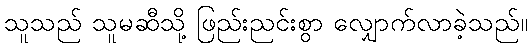
သူသည် သူမဆီသို့ ဖြည်းညင်းစွာ လျှောက်လာခဲ့သည်။